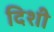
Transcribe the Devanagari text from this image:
दिशी